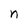
Character: n